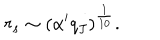
LaTeX: r _ { s } \sim \left( \alpha ^ { \prime } q _ { J } \right) ^ { \frac { 1 } { 1 0 } } .